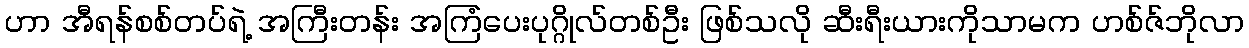
ဟာ အီရန်စစ်တပ်ရဲ့ အကြီးတန်း အကြံပေးပုဂ္ဂိုလ်တစ်ဦး ဖြစ်သလို ဆီးရီးယားကိုသာမက ဟစ်ဇ်ဘိုလာ